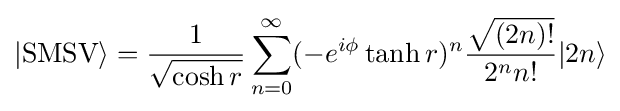
|{\text{SMSV}}\rangle ={\frac {1}{\sqrt {\cosh r}}}\sum _{n=0}^{\infty }(-e^{i\phi }\tanh r)^{n}{\frac {\sqrt {(2n)!}}{2^{n}n!}}|2n\rangle